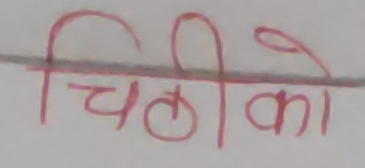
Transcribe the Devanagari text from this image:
चिठीको